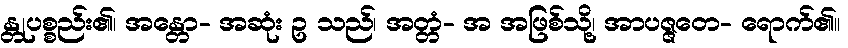
န္တုပစ္စည်း၏၊ အန္တော- အဆုံး ဥ သည်၊ အတ္တံ- အ အဖြစ်သို့၊ အာပဇ္ဇတေ- ရောက်၏။